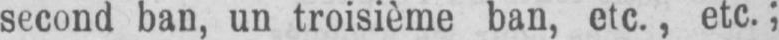
second ban, un troisième ban, etc., etc.;